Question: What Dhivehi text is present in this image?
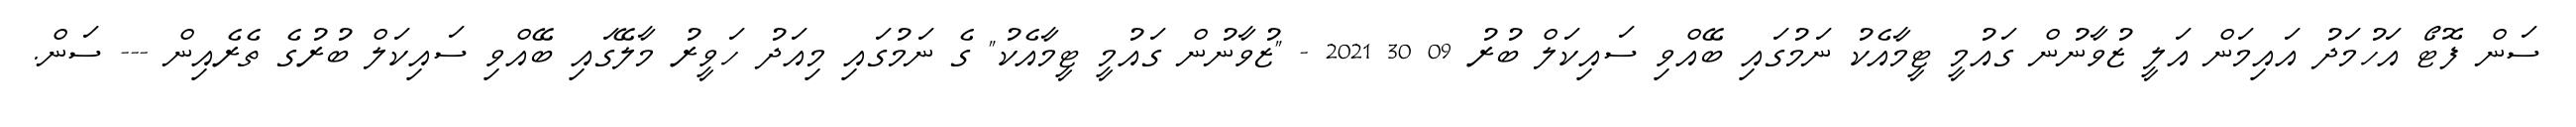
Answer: ސަން ފޮޓޯ އަހުމަދު އައިމަން އަލީ ޒުވާނުން ގައުމީ ޓީމާއެކު ނަމުގައި ބޭއްވި ސައިކަލް ބުރު 09 30 2021 - "ޒުވާނުން ގައުމީ ޓީމާއެކު" ގެ ނަމުގައި މިއަދު ހަވީރު މާލޭގައި ބޭއްވި ސައިކަލް ބުރުގެ ތެރެއިން --- ސަން.